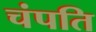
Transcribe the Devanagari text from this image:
चंपति